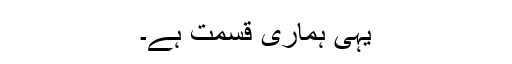
یہی ہماری قسمت ہے۔